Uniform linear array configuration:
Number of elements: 24
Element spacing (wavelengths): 0.75
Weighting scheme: uniform
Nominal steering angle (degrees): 15
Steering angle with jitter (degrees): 13.211
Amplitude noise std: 0.05
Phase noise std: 0.05

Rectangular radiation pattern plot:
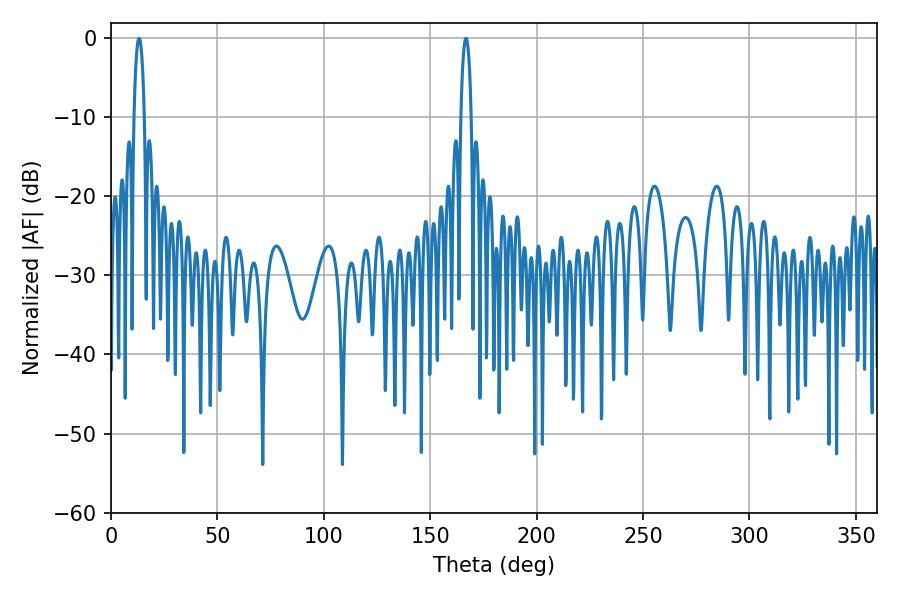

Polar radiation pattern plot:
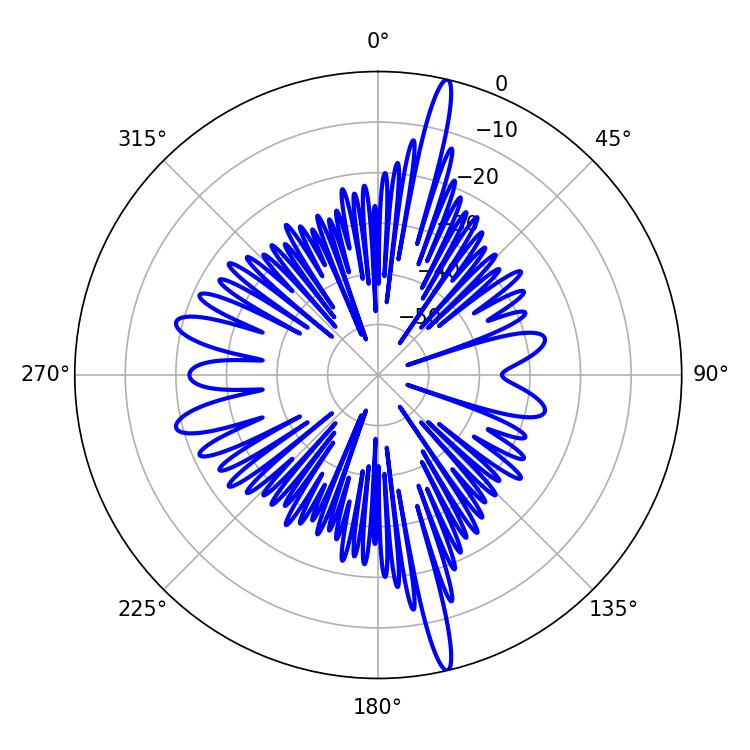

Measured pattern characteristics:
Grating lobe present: TRUE
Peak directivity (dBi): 19.704
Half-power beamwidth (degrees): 2.7
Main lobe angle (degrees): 13.14